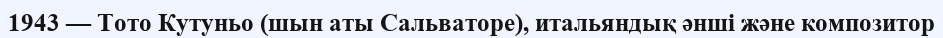
1943 — Тото Кутуньо (шын аты Сальваторе), итальяндық әнші және композитор